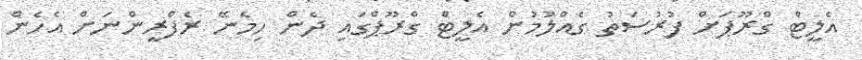
އެލީޓް ގްރޫޕަށް ފުރުސަތު ގެއްލުމުން އެލީޓް ގްރޫޕްގައި ދެން ހިމެނޭ ރެފްރީންނަށް އެހެން